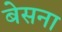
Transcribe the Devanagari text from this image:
बेसना